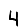
Digit: 4